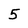
Character: 5